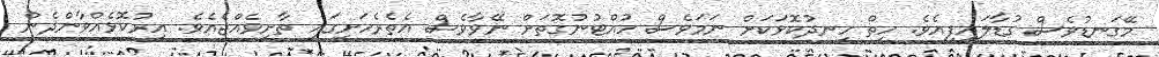
މޭގަނޑުވެސް ގުޑާލައިފިއެވެ. ހިތް ހިނދުކޮޅަކަށް ނަމަވެސް ހުއްޓުނުގޮތަށް ނޭވާވެސް އެތެރެހަށީގައި ތާށިވެއްޖެއެވެ. އިރުކޮޅެއްވާންދެން